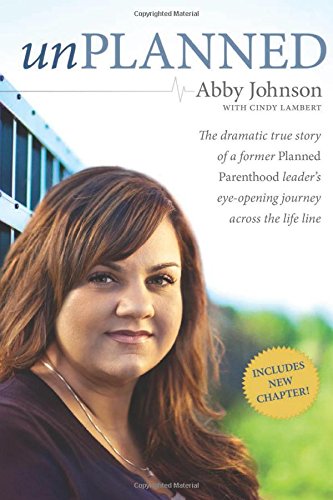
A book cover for Unplanned: The Dramatic True Story of a Former Planned Parenthood Leader's Eye-Opening Journey across the Life Line; Abby Johnson; Politics & Social Sciences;